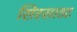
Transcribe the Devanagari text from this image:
सिरसाठट